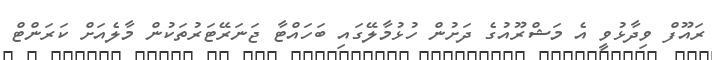
ރައޫފް ވިދާޅުވީ އެ މަޝްރޫއުގެ ދަށުން ހުޅުމާލޭގައި ބަހައްޓާ ޖަނަރޭޓަރުތަކުން މާލެއަށް ކަރަންޓް